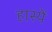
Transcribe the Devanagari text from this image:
हास्यें